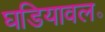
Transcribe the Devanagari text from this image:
घडियावल॰